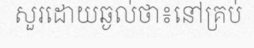
សួរដោយឆ្ងល់ថា៖នៅគ្រប់